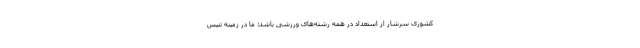
کشوری سرشار از استعداد در همه رشته‌های ورزشی باشد؛ ما در زمینه تنیس